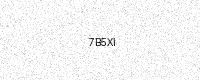
Text: 7B5XI